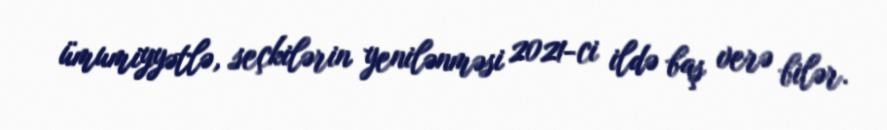
ümumiyyətlə, seçkilərin yenilənməsi 2021-ci ildə baş verə bilər.